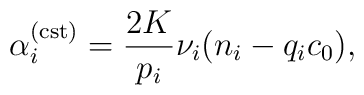
\alpha_{i}^{({\rm cst})}=\frac{2K}{p_{i}}\nu_{i}(n_{i}-q_{i}c_{0}),